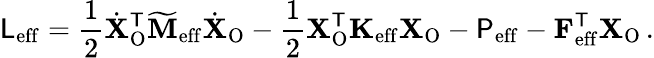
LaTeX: \mathsf{L}_{\mathrm{eff}}=\frac{1}{2}\dot{\mathbf{X}}_{\mathrm{O}}^{\mathsf{T}}\mathbf{\widetilde{M}}_{\mathrm{eff}}\dot{\mathbf{X}}_{\mathrm{O}}-\frac{1}{2}\mathbf{X}_{\mathrm{O}}^{\mathsf{T}}\mathbf{K}_{\mathrm{eff}}\mathbf{X}_{\mathrm{O}}-\mathsf{P}_{\mathrm{eff}}-\mathbf{F}_{\mathrm{eff}}^{\mathsf{T}}\mathbf{X}_{\mathrm{O}}\, .